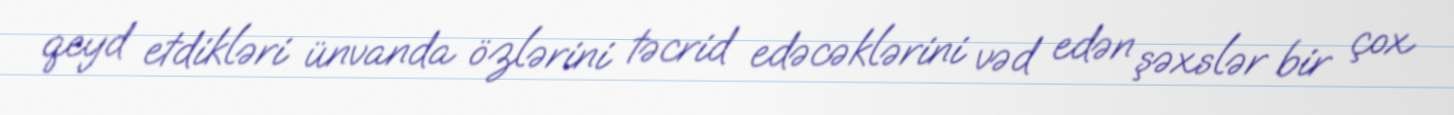
qeyd etdikləri ünvanda özlərini təcrid edəcəklərini vəd edən şəxslər bir çox